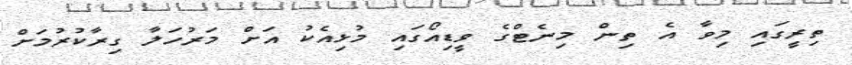
ތިރީގައި މިވާ އެ ތިން މިނެޓްގެ ވީޑިއޯގައި މުޅިއެކު އަށް މަރުހަލާ ގިރާކުރުމަށް